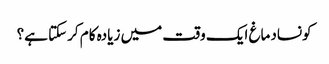
کونسادماغ ایک وقت میں زیادہ کام کرسکتا ہے؟